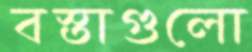
বস্তাগুলো